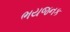
ભયજનક